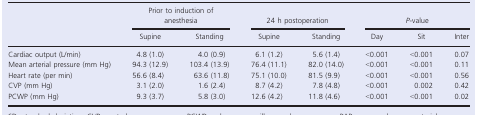
<table><thead><tr><td rowspan="2"></td><td colspan="2"><b>Prior to induction of anesthesia</b></td><td colspan="2"><b>24 h postoperation</b></td><td colspan="3"><b><i>P</i>‐value</b></td></tr><tr><td><b>Supine</b></td><td><b>Standing</b></td><td><b>Supine</b></td><td><b>Standing</b></td><td><b>Day</b></td><td><b>Sit</b></td><td><b>Inter</b></td></tr></thead><tbody><tr><td>Cardiac output (L/min)</td><td>4.8 (1.0)</td><td>4.0 (0.9)</td><td>6.1 (1.2)</td><td>5.6 (1.4)</td><td>&lt;0.001</td><td>&lt;0.001</td><td>0.07</td></tr><tr><td>Mean arterial pressure (mm Hg)</td><td>94.3 (12.9)</td><td>103.4 (13.9)</td><td>76.4 (11.1)</td><td>82.0 (14.0)</td><td>&lt;0.001</td><td>&lt;0.001</td><td>0.11</td></tr><tr><td>Heart rate (per min)</td><td>56.6 (8.4)</td><td>63.6 (11.8)</td><td>75.1 (10.0)</td><td>81.5 (9.9)</td><td>&lt;0.001</td><td>&lt;0.001</td><td>0.56</td></tr><tr><td>CVP (mm Hg)</td><td>3.1 (2.0)</td><td>1.6 (2.4)</td><td>8.7 (4.2)</td><td>7.8 (4.8)</td><td>&lt;0.001</td><td>0.002</td><td>0.42</td></tr><tr><td>PCWP (mm Hg)</td><td>9.3 (3.7)</td><td>5.8 (3.0)</td><td>12.6 (4.2)</td><td>11.8 (4.6)</td><td>&lt;0.001</td><td>&lt;0.001</td><td>0.02</td></tr></tbody></table>